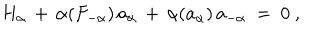
H _ { \alpha } \, + \, \alpha ( F _ { - \alpha } ) \, a _ { \alpha } \, + \, \alpha ( a _ { \alpha } ) \, a _ { - \alpha } ~ = ~ 0 ~ ,